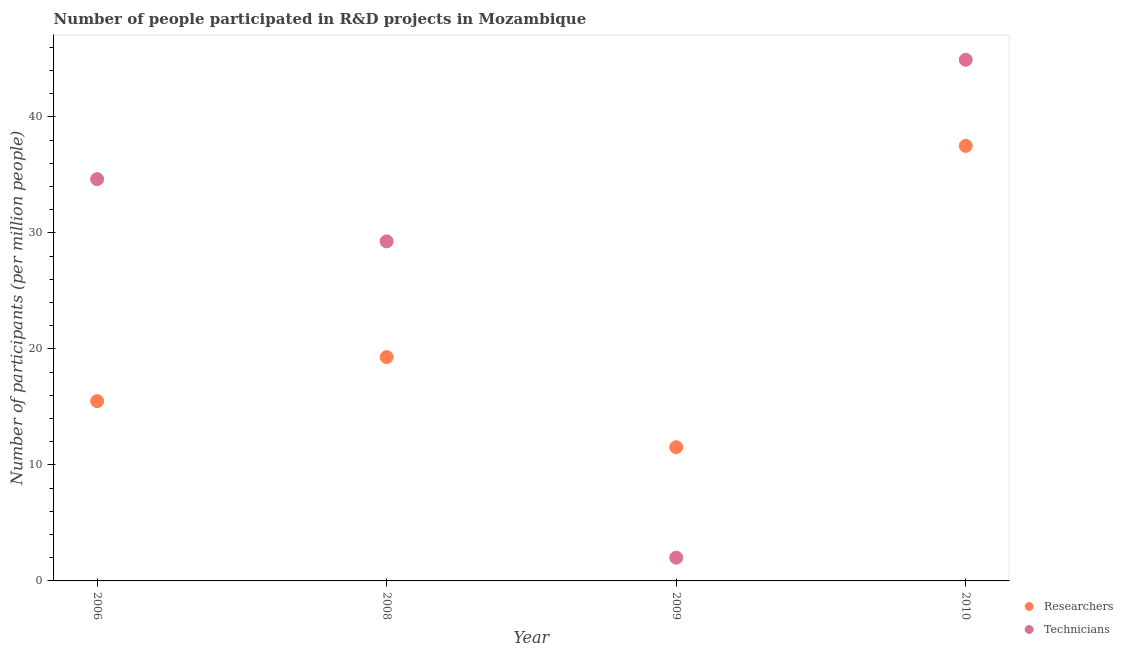
| Year | Researchers | Technicians |
 | --- | --- | --- |
 | 2006 | 15.5 | 34.6 |
 | 2008 | 19.3 | 29.3 |
 | 2009 | 11.5 | 2.01 |
 | 2010 | 37.5 | 44.9 |